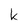
Character: k